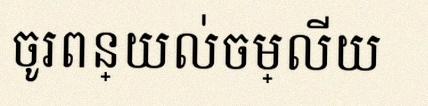
ចូរពន្យល់ចម្លើយ